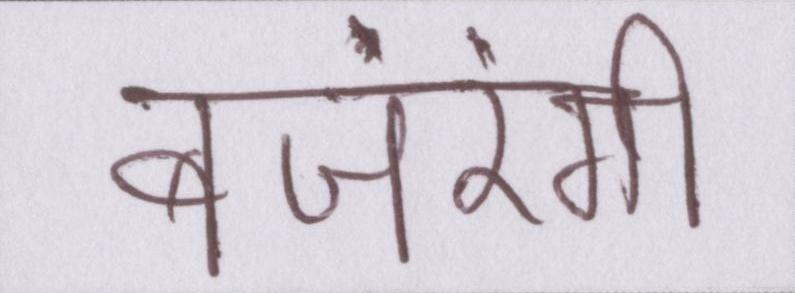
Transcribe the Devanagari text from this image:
बजरंगी